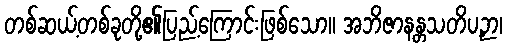
တစ်ဆယ့်တစ်ခုတို့၏ပြည့်ကြောင်းဖြစ်သော။ အဘိဇာနန္တသတိပဉှာ၊